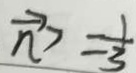
\overrightarrow { n } > = \frac { 1 } { 3 }